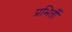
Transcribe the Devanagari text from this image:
प्रभिर्ती